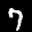
Label: 7